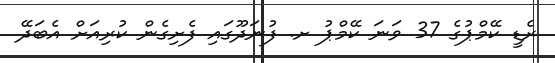
ރެޑީ ކޭމްޕުގެ 37 ވަނަ ކޭމްޕު ށ. ފުނަދޫގައި ފެށިގެން ކުރިއަށް އެބަދޭ